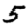
Digit: 5